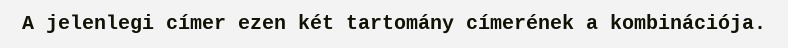
A jelenlegi címer ezen két tartomány címerének a kombinációja.